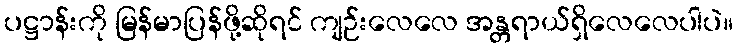
ပဋ္ဌာန်းကို မြန်မာပြန်ဖို့ဆိုရင် ကျဉ်းလေလေ အန္တရာယ်ရှိလေလေပါပဲ။